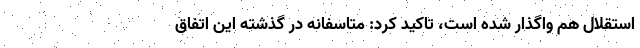
استقلال هم واگذار شده است، تاکید کرد: متاسفانه در گذشته این اتفاق